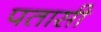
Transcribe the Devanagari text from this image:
पतासी